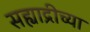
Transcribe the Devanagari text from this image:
सह्याद्रीच्‍या